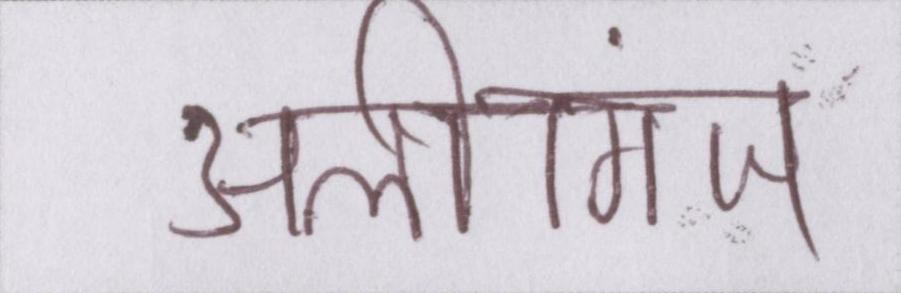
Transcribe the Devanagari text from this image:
अलीगंज